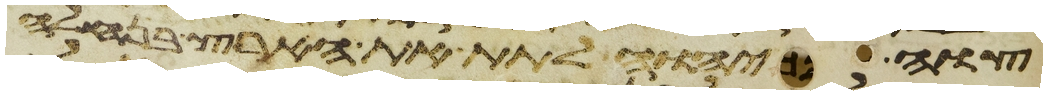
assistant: צוה יהוה לתת את הארץ בנחלה